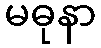
မဓုနာ